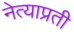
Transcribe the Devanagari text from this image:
नेत्याप्रती